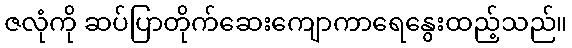
ဇလုံကို ဆပ်ပြာတိုက်ဆေးကျောကာရေနွေးထည့်သည်။